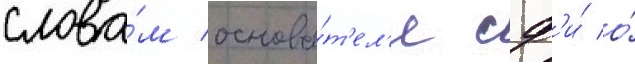
слова́м основа́т'ел'я сф'и́ о́